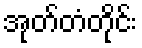
အုတ်တံတိုင်း